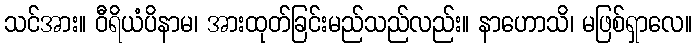
သင်အား။ ဝီရိယံပိနာမ၊ အားထုတ်ခြင်းမည်သည်လည်း။ နာဟောသိ၊ မဖြစ်ရှာလေ။